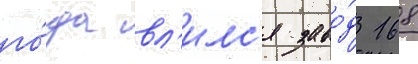
го́да вл'илс'я заво́д 168